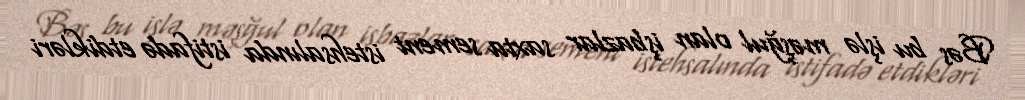
Bəs bu işlə məşğul olan işbazlar saxta sement istehsalında istifadə etdikləri